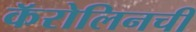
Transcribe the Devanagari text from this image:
कॅरोलिनची